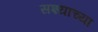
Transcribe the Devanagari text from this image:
सश्याच्या